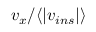
v _ { x } / \langle | v _ { i n s } | \rangle